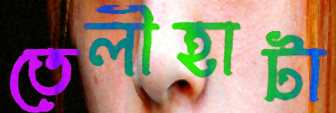
তেলীহাটা